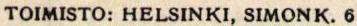
TOIMISTO: HELSINKI, SIMONK.6